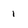
Character: 1